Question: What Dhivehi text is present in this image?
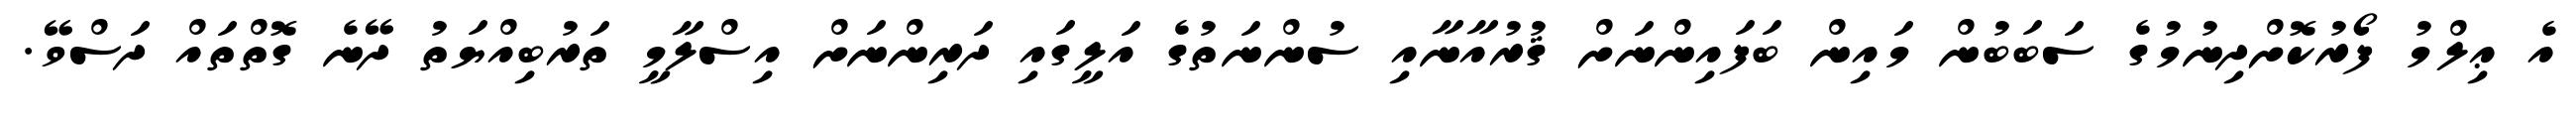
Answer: އެ ޢިލްމު ފޯރުކޮށްދިނުމުގެ ސަބަބުން މައިން ބަފައިންނަށް ޤުރުއާނާއި ސުންނަތުގެ އަލީގައި ދަރިންނަށް އިސްލާމީ ތަރުބިއްޔަތު ދޭނެ ގޮތްތައް ދަސްވޭ.